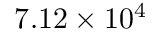
7 . 1 2 \times 1 0 ^ { 4 }